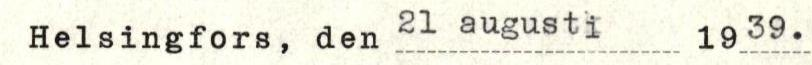
Helsingfors, den 21 augusti   1939.